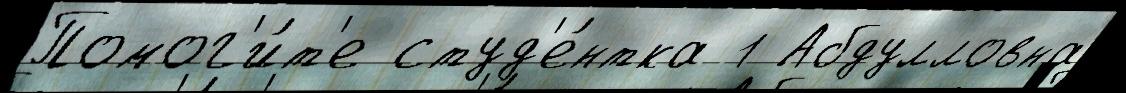
Помог'и́т'е студ'е́нтка 1 Абдулловна